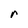
Character: r